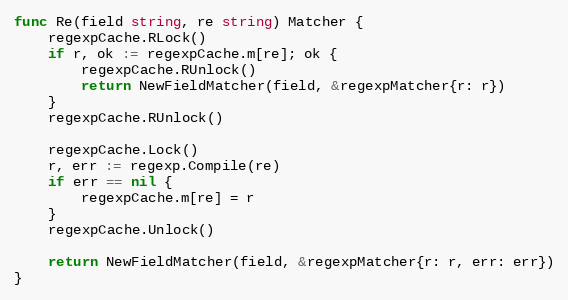
Language: Go
func Re(field string, re string) Matcher {
	regexpCache.RLock()
	if r, ok := regexpCache.m[re]; ok {
		regexpCache.RUnlock()
		return NewFieldMatcher(field, &regexpMatcher{r: r})
	}
	regexpCache.RUnlock()

	regexpCache.Lock()
	r, err := regexp.Compile(re)
	if err == nil {
		regexpCache.m[re] = r
	}
	regexpCache.Unlock()

	return NewFieldMatcher(field, &regexpMatcher{r: r, err: err})
}